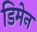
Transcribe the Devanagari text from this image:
डिमेन